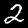
Label: 2